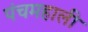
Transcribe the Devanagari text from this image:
पंचमहाली